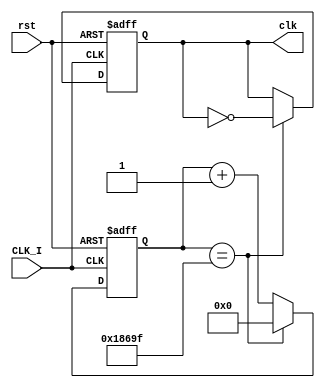

module clk_div(CLK_I,rst, clk );

// input port
input CLK_I,rst;
//outout port
output reg clk;

// counter size calculation according to input and output frequencies
parameter sys_clk = 100000000;	// 100 MHz clock input
parameter clk_out = 500;	// 500 Hz clock output
//parameter max = sys_clk / (2*clk_out); // max-counter size
parameter max = sys_clk / (2*clk_out); // max-counter size

reg [22:0]counter = 0; // 1-bit counter size

always@(posedge CLK_I or posedge rst) begin
	if(rst)
	begin
	   counter <= 0;
		clk <= 0;
	end
	else if (counter == max-1)
		begin
		counter <= 0;
		clk <= ~clk;
		end
	else
		begin
		counter <= counter + 1'd1;
		end
	end

endmodule